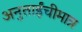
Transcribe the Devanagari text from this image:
अनुताईंचीमात्र